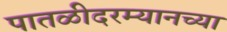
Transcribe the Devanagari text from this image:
पातळीदरम्यानच्या